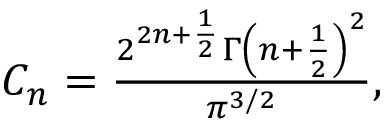
\begin{array} { r } { C _ { n } = \frac { 2 ^ { 2 n + \frac { 1 } { 2 } } \Gamma \left( n + \frac { 1 } { 2 } \right) ^ { 2 } } { \pi ^ { 3 / 2 } } , } \end{array}